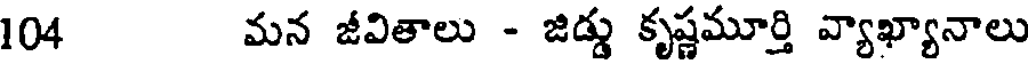
104 మన జీవితాలు - జిడ్డు కృష్ణమూర్తి వ్యాఖ్యానాలు